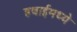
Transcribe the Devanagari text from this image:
हवाईमध्ये